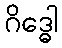
ဂိဒ္ဓေါ